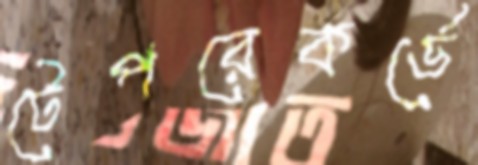
টেপরেকর্ডে